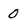
Character: 0